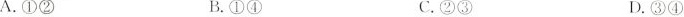
A.①② B.①④ C.②③ D.③④